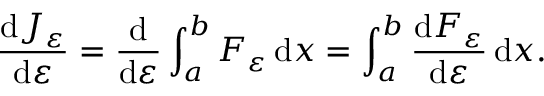
{ \frac { \mathrm { d } J _ { \varepsilon } } { \mathrm { d } \varepsilon } } = { \frac { \mathrm { d } } { \mathrm { d } \varepsilon } } \int _ { a } ^ { b } F _ { \varepsilon } \, \mathrm { d } x = \int _ { a } ^ { b } { \frac { \mathrm { d } F _ { \varepsilon } } { \mathrm { d } \varepsilon } } \, \mathrm { d } x .